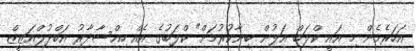
އަހަރެމެން މި އައީ ކްލަބް އަލުން ބިނާކުރުމަށް" ކްލަބުގެ އެއް ހިއްސާދާރު އަބްދުލްއަޒީޒް